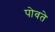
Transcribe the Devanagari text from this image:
पोवते